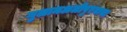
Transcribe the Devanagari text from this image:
गुलामअलीपुरनाथा